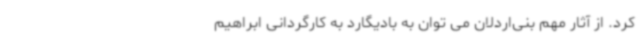
کرد. از آثار مهم بنی‌اردلان می توان به بادیگارد به کارگردانی ابراهیم